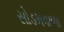
સોડમવાળા